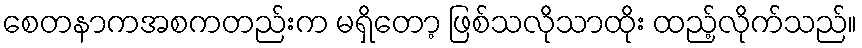
စေတနာကအစကတည်းက မရှိတော့ ဖြစ်သလိုသာထိုး ထည့်လိုက်သည်။